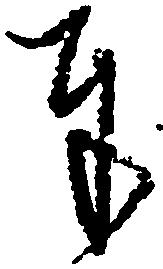
奉